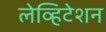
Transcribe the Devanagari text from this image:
लेव्हिटेशन